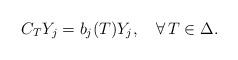
LaTeX: \begin{align*}C_TY_j=b_j(T)Y_j, \ \ \ \forall\, T\in\Delta.\end{align*}